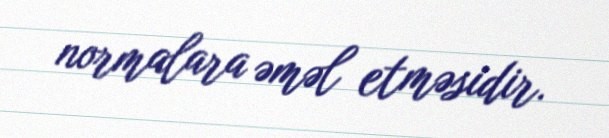
normalara əməl etməsidir.